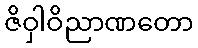
ဇိဝှါဝိညာဏတော